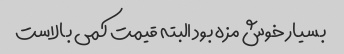
بسیار خوش مزه بود البته قیمت کمی بالاست